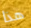
هذا